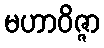
မဟာဝိဇ္ဇာ